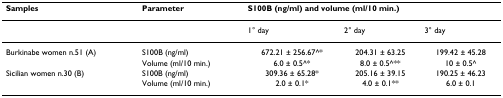
| Samples | Parameter | <COLSPAN=3> S100B (ng/ml) and volume (ml/10 min.) |
 | --- | --- | --- | --- | --- |
 |  |  | 1° day | 2° day | 3° day |
 | Burkinabe women n.51 (A) | S100B (ng/ml) | 672.21 ± 256.67^* | 204.31 ± 63.25 | 199.42 ± 45.28 |
 |  | Volume (ml/10 min.) | 6.0 ± 0.5^* | 8.0 ± 0.5^** | 10 ± 0.5^ |
 | Sicilian women n.30 (B) | S100B (ng/ml) | 309.36 ± 65.28* | 205.16 ± 39.15 | 190.25 ± 46.23 |
 |  | Volume (ml/10 min.) | 2.0 ± 0.1* | 4.0 ± 0.1** | 6.0 ± 0.1 |